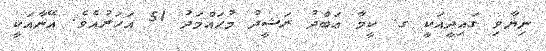
ނިޔާވި ގައިދީއަކީ ގ. ކީމާ ޢަބްދު ރަޝީދު މުޙައްމަދު 51 އަހަރުއެވެ. އޭނާއަކީ